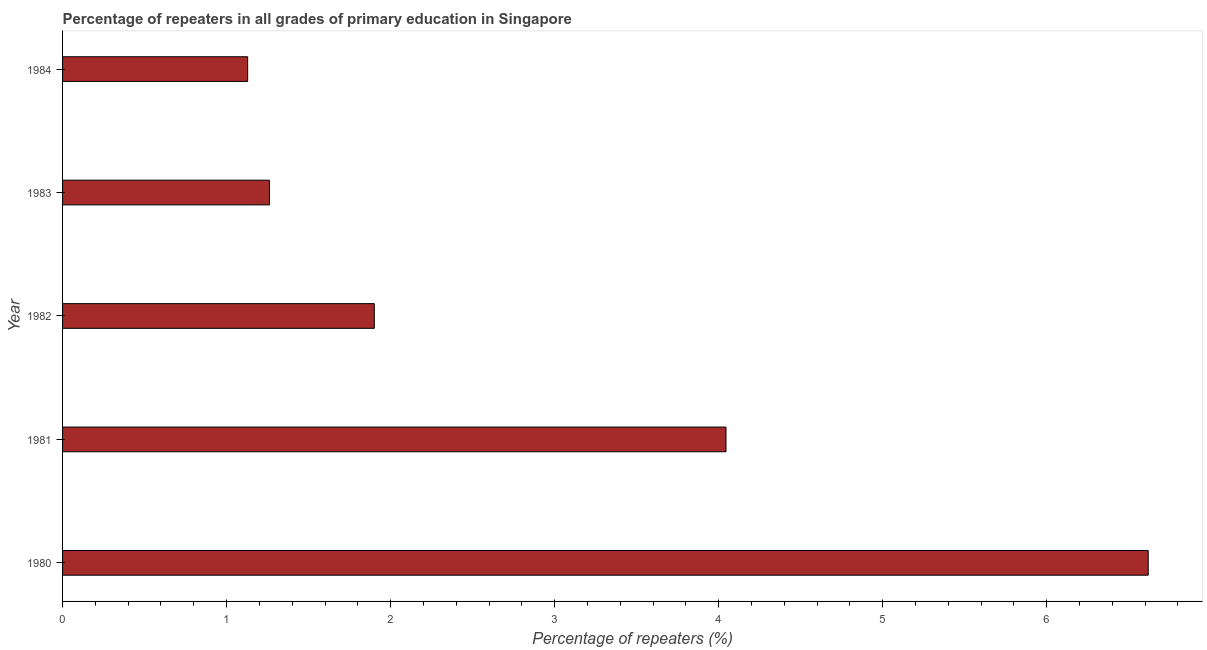
| Year | Repeaters in primary education |
 | --- | --- |
 | 1980 | 6.62 |
 | 1981 | 4.04 |
 | 1982 | 1.9 |
 | 1983 | 1.26 |
 | 1984 | 1.13 |